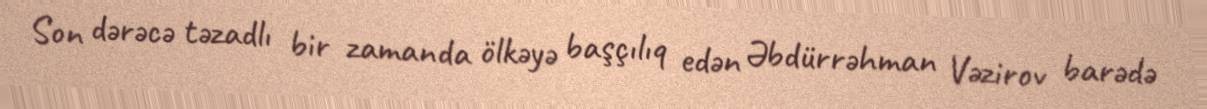
Son dərəcə təzadlı bir zamanda ölkəyə başçılıq edən Əbdürrəhman Vəzirov barədə